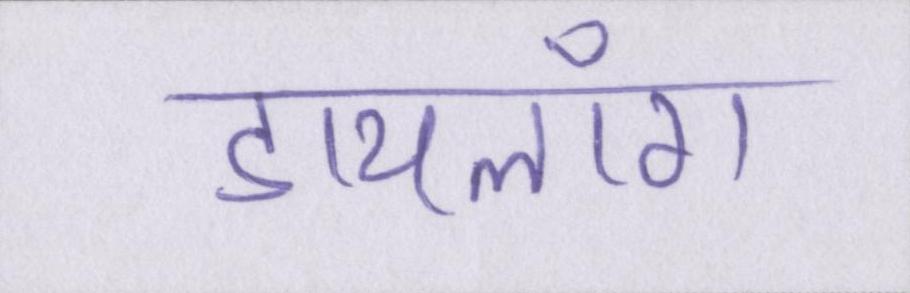
डायलॉग